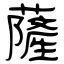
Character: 薩